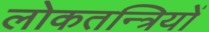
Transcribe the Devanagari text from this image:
लोकतन्त्रियों